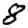
Digit: 8